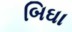
બિઘા